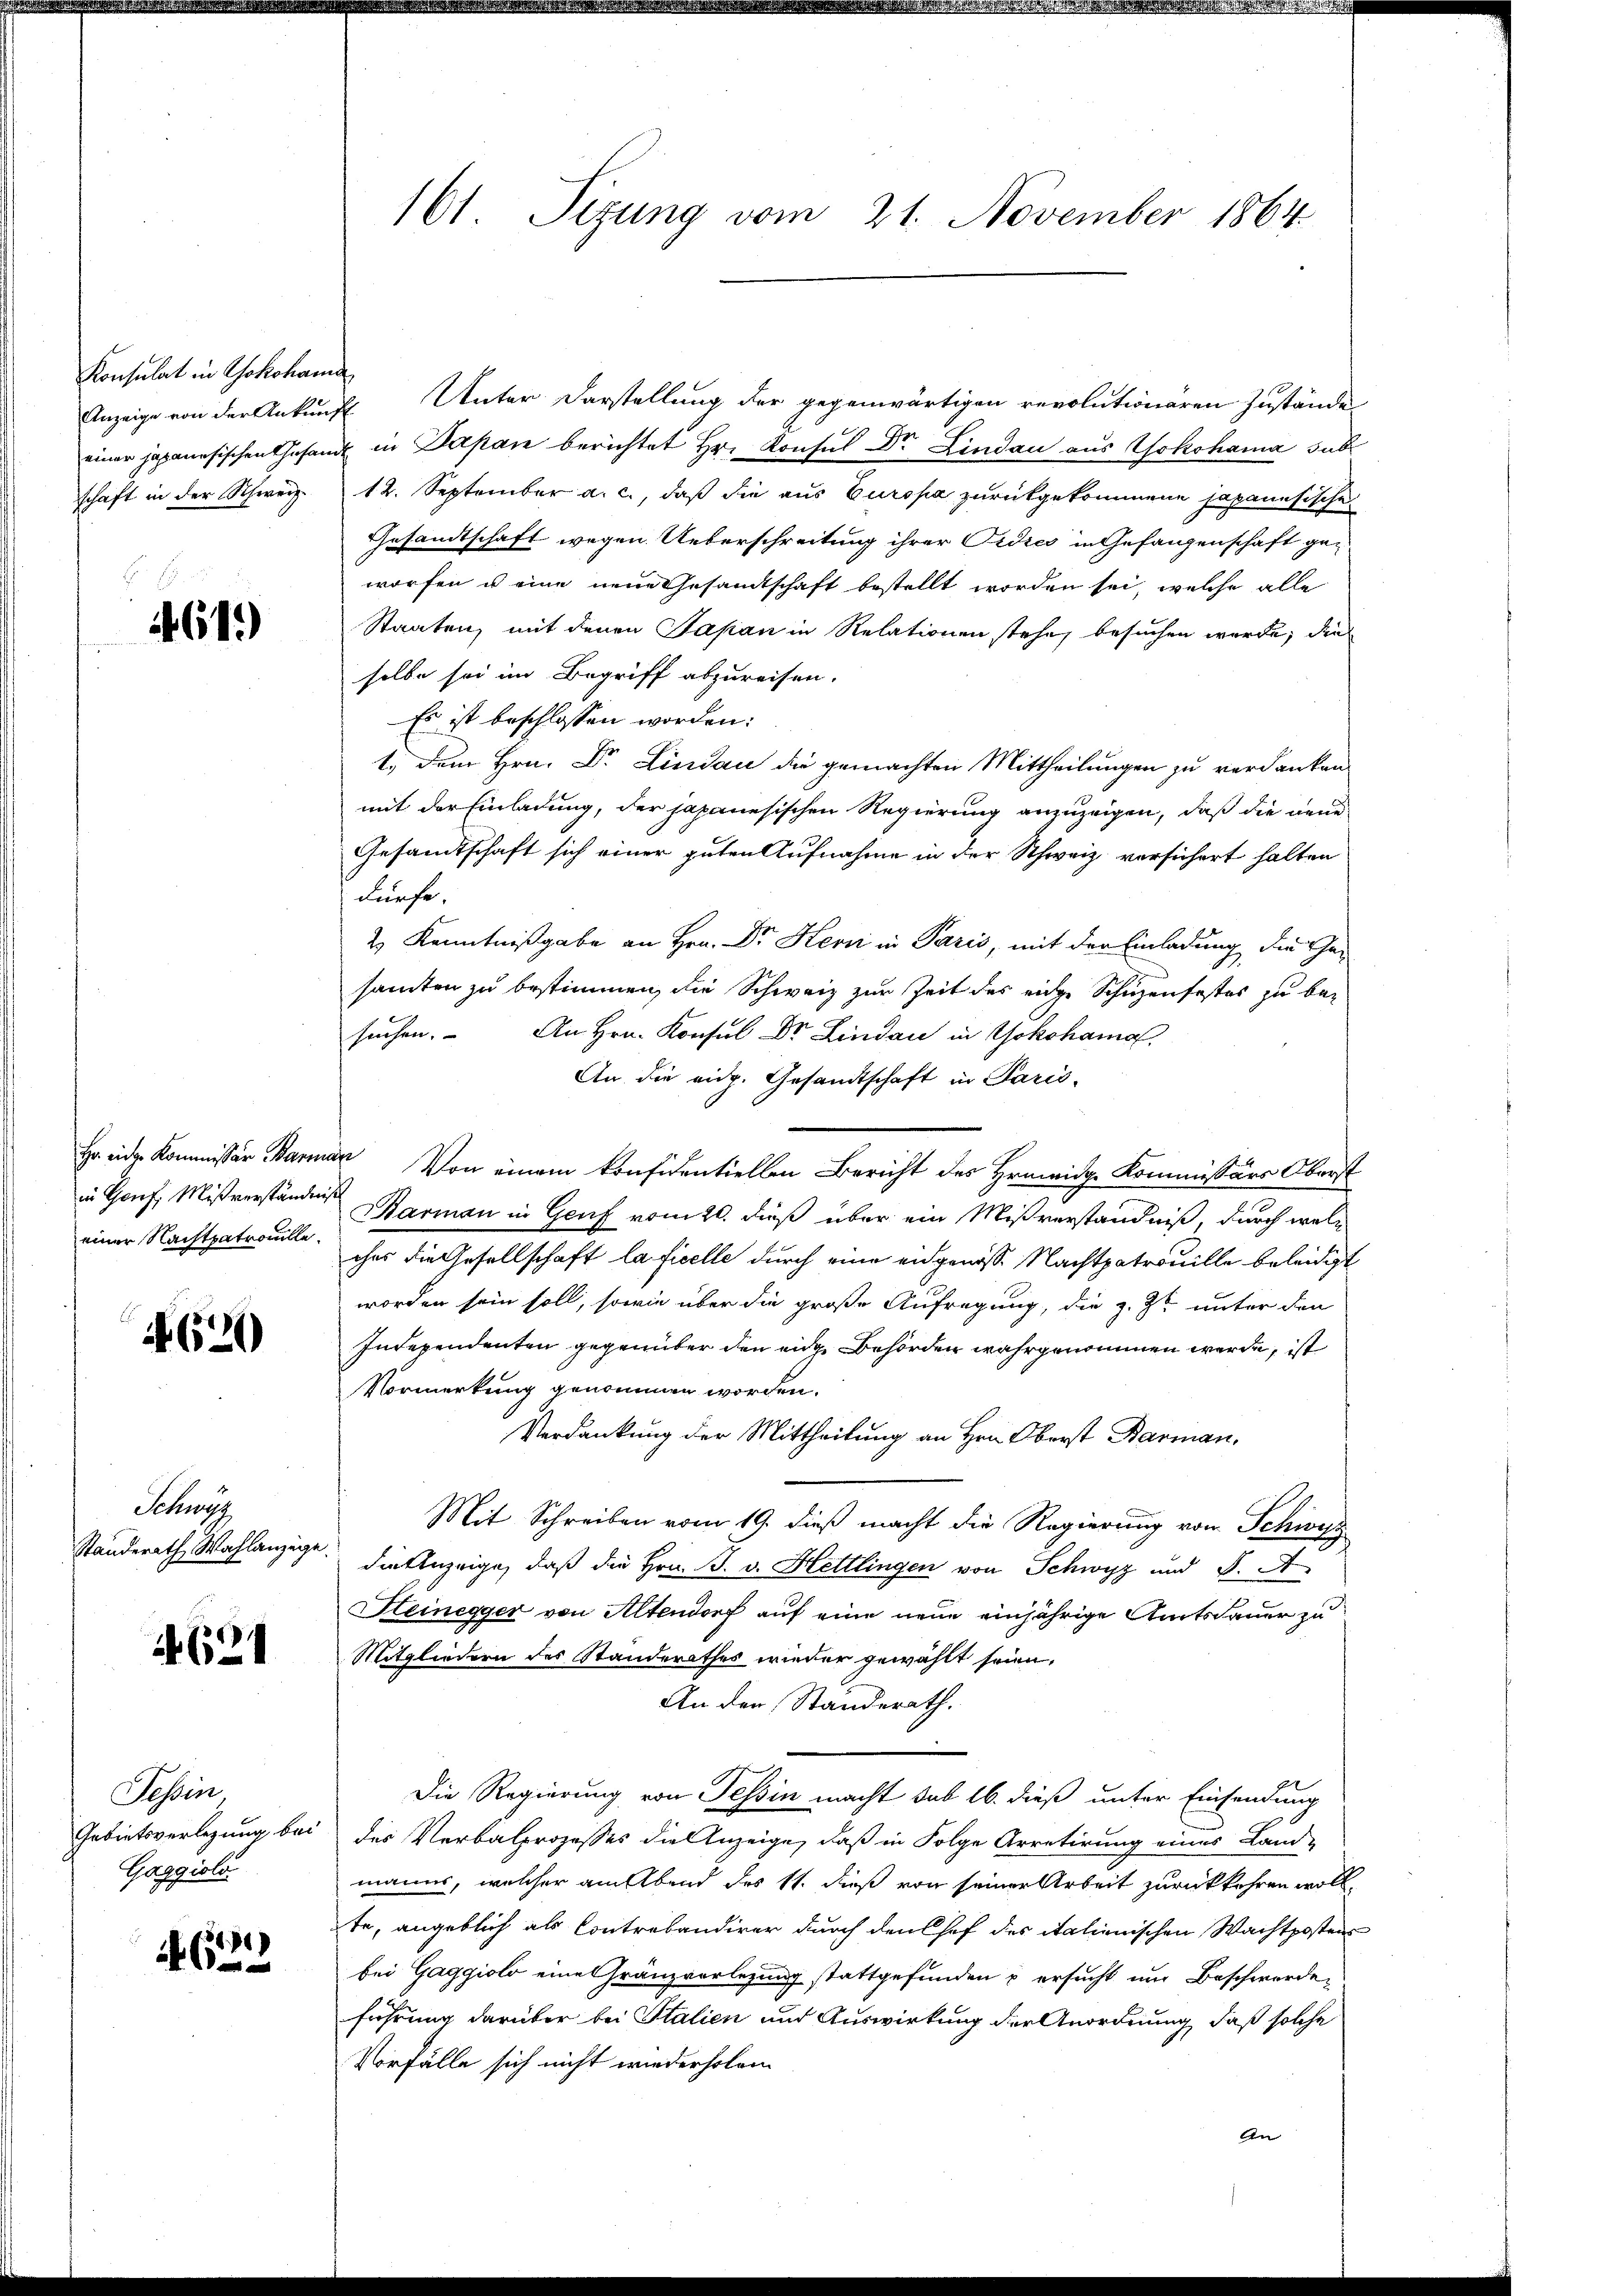
Konsulat in Yokohama

619)

einer Nachtpatroulle.

620

Schwyz

if 621

Tessin,
Gebietsverlegung bei
Gaggioli

8
462

Anzeige von der Ankunft Unter Darstellung der gegenwärtigen revolutionären Zustände
l
einer japanesischen Gesandt in Papan berichtet Hr. Konsul Dr. Lindau aus Yokohama sub
schaft in der Schweiz. 12. September a. c., daß die aus Europa zurückgekommene japanesische
Gesandtschaft wegen Ueberschreitung ihrer Ordres in Gefangenschaft geworfen u eine neue Gesandtschaft bestellt worden sei, welche alle
Staaten, mit denen Japan in Relationen stehe, besuchen wurde, die
selbe sei im Begriff abzureisen.
Es ist beschlossen worden:
1. Dem Hrn. Dr. Lindau die gemachten Mittheilungen zu verdanken
mit der Einladung, der japanesischen Regierung anzuzeigen, daß die neue
Gesandtschaft sich einer guten Aufnahme in der Schweiz versichert halten
dürfe.
2) Kenntnißgabe an Hrn. Dr. Hern in Paris, mit der Einladung die Gesamten zu bestimmen, die Schweiz zur Zeit der eige Schüzenfestes zu besuchen. An Hrn. Konsul Dr. Lindau in Yokohama
An die eidg. Gesandtschaft in Paris
Haeder Kommissär Barmar Von einem konfidentiellen Bericht des Hermeidg. Kommissärs Oberst
in Genf, Mißverständnis arman in Genf vom 20. dieß über ein Mißverständniß, durch welc
ches die Gesellschaft la ficelle durch eine eidgenöss. Nachtpatrouille beleidigt
worden sein soll, sowie über die große Aufregung, die z. Z. unter den
Insependenten gegenüber den eine Behörden wahrgenommen werde, ist
Vormerkung genommen worden.
Verdankung der Mittheilung an Hrn. Oberst Barman,
Mit Schreiben vom 19. dieß macht die Regierung von Schwyz
Standerath Wahlanzige die Anzeige, daß die Hrn. F. v. Hettlingen von Schwyz und S. A
Heinegger von Altendorf auf eine neue einjährige Amtsdauer zu
Mitgliedern des Standerathes wieder gewählt seien,
An der Standerath.
Die Regierung von Tessin macht sub 16. dieß unter Einsendung
des Verbalprozesses die Anzeige, daß in Folge Arretirung eines Land-
manns, welcher am Abend des 11. dieß von seiner Arbeit zurückkehren wollte, angeblich als Contrabandirer durch den Hof des italienischen Wachtposten
bei Gaggioli eine Gränzvorlegung stattgefunden & ersucht um Beschwerdeführung darüber bei Stalien und Auswirkung der Anordnung, daß solche
Vorfälle sich nicht wiederholen.
An

161. Sizung vom 21. November 1864